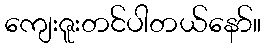
ကျေးဇူးတင်ပါတယ်နော်။